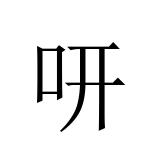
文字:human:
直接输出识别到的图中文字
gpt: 咞